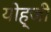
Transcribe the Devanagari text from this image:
योह्जी